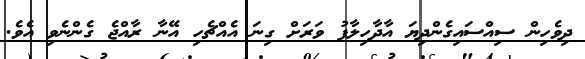
ދިވެހިން ސިއްސައިގެންދިޔަ އާދާހިލާފު ވަރަށް ގިނަ އެއްޗެހި އޭނާ ރާއްޖެ ގެންނެވި އެވެ.